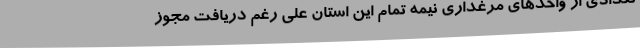
تعدادی از واحدهای مرغداری نیمه تمام این استان علی رغم دریافت مجوز